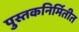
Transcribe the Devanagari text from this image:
पुस्तकनिर्मितीत